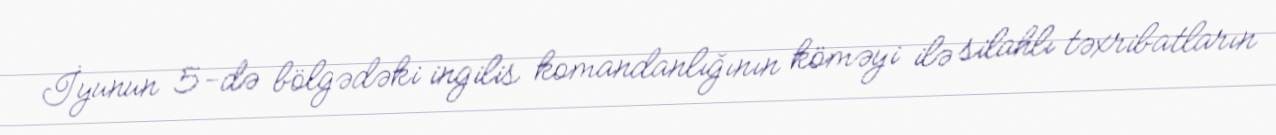
İyunun 5-də bölgədəki ingilis komandanlığının köməyi ilə silahlı təxribatların